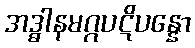
အဒ္ဓါနမဂ္ဂပဋိပန္နော